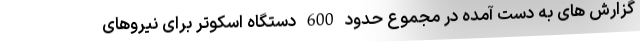
گزارش های به دست آمده در مجموع حدود 600 دستگاه اسکوتر برای نیروهای